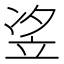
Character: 𱷤